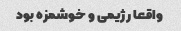
واقعا رژیمی و خوشمزه بود